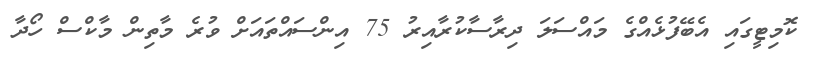
ކޮމިޓީގައި އެބޭފުޅެއްގެ މައްސަލަ ދިރާސާކުރާއިރު 75 އިންސައްތައަށް ވުރެ މާތިން މާކްސް ހޯދާ